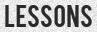
LESSONS